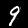
Digit: 9